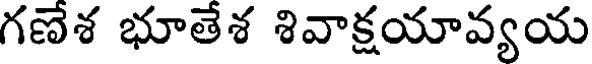
గణేశ భూతేశ శివాక్షయావ్యయ